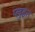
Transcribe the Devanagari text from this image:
प्लुइत